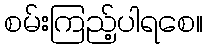
စမ်းကြည့်ပါရစေ။